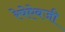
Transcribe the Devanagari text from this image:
रेषेऐवजी